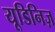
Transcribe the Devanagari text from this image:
यूडिनिज़